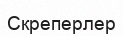
Скреперлер